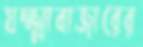
যক্ষ্মাবাজারের